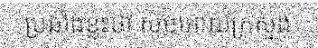
ប្រឆាំងខ្លះថា សូមអោយក្រសួង